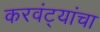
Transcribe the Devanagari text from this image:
करवंट्यांचा